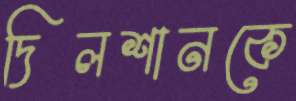
দিলশানকে